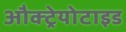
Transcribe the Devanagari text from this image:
औक्ट्रेयोटाइड